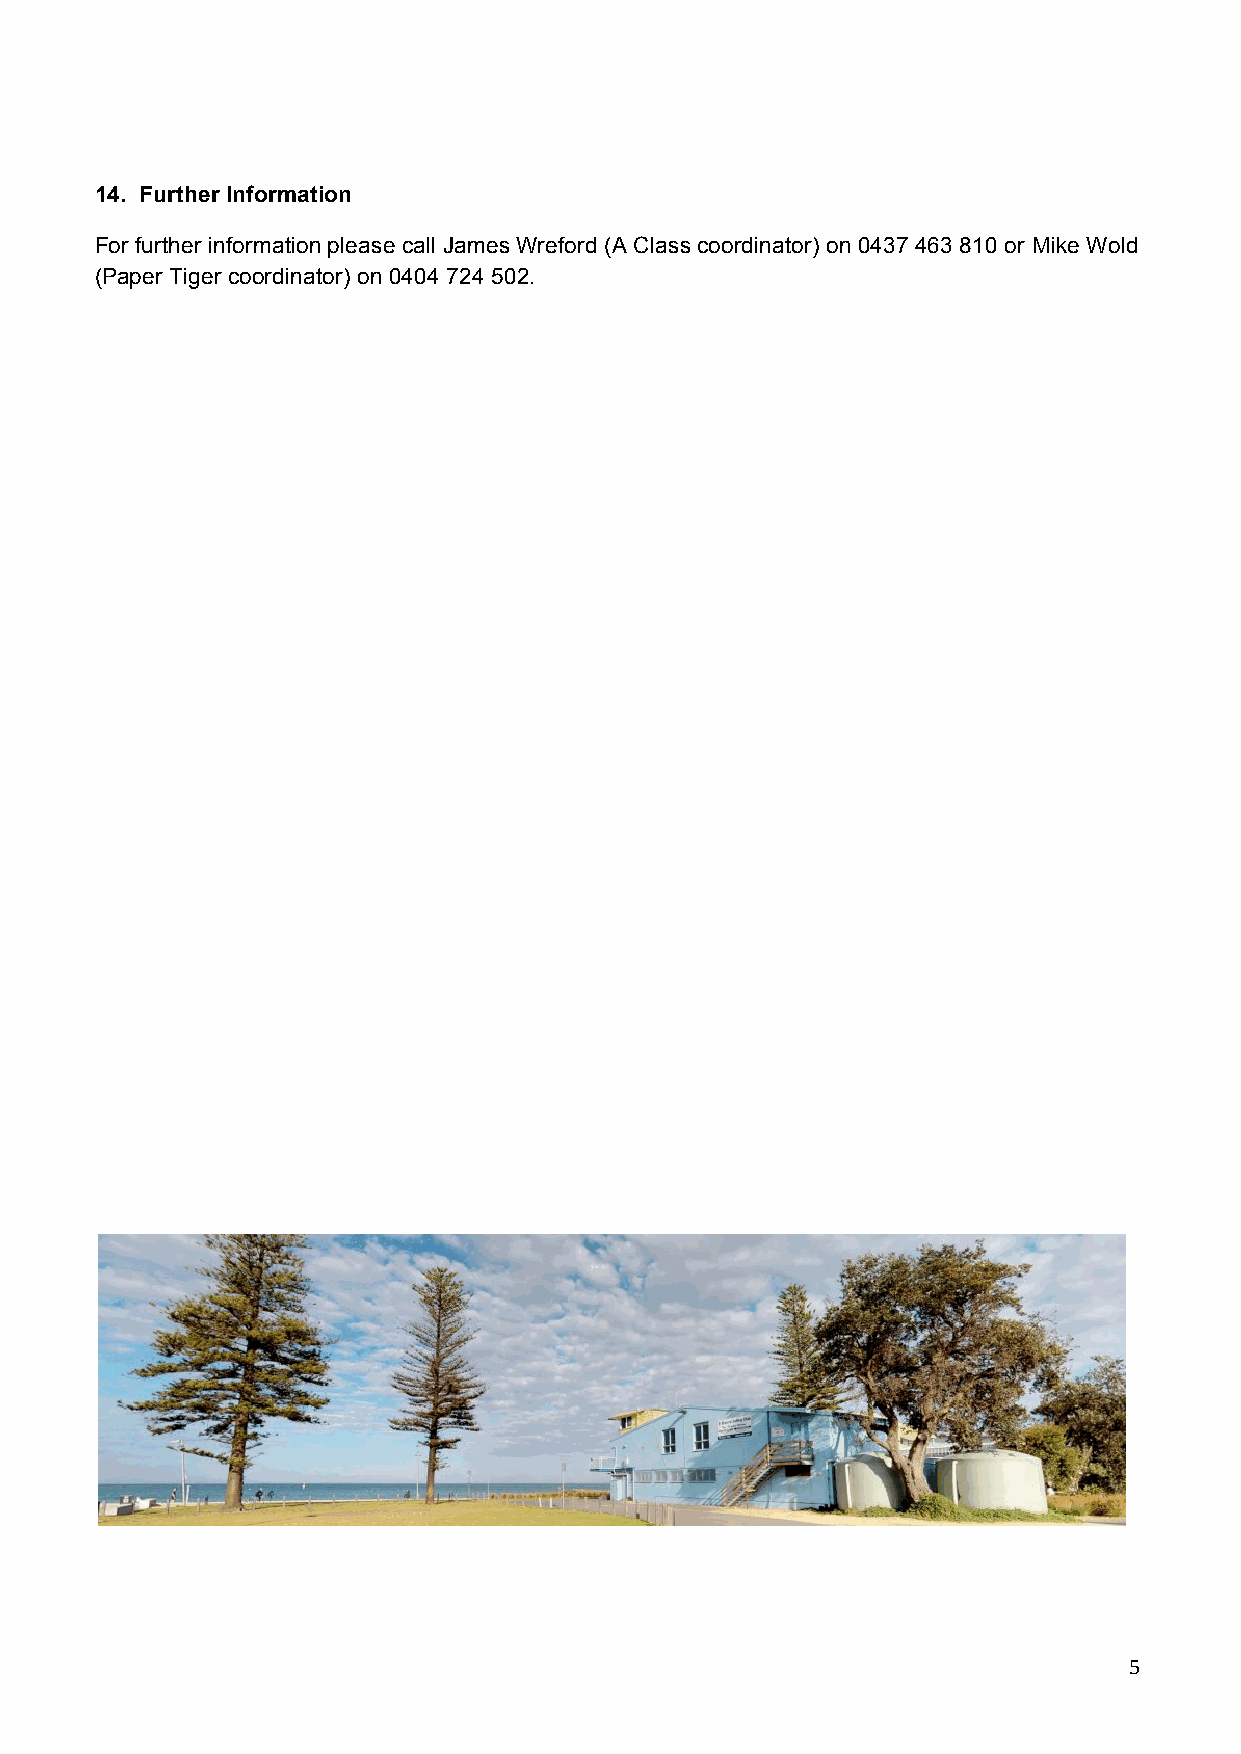
14. Further Information
 For further information please call James Wreford (A Class coordinator) on 0437 463 810 or Mike Wold
 (Paper Tiger coordinator) on 0404 724 502.
 5